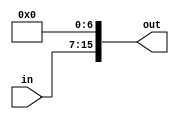
module AL(in,out);
input [8:0] in;
output [15:0] out;

assign out={in,7'b0};

endmodule